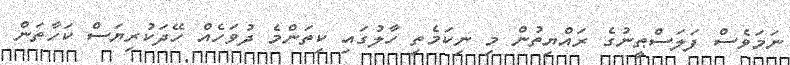
ނަމަވެސް ފަލަސްޠީނުގެ ރައްޔިތުން މި ނިކަމެތި ހާލުގައި ކިތަންމެ ދުވަހެއް ހޭދަކުރިޔަސް ކަހާތަން